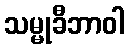
သမ္မုခီဘာဝါ